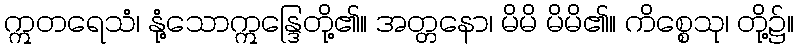
ဣတရေသံ၊ နုံ့သောဣန္ဒြေတို့၏။ အတ္တနော၊ မိမိ မိမိ၏။ ကိစ္စေသု၊ တို့၌။